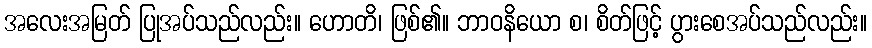
အလေးအမြတ် ပြုအပ်သည်လည်း။ ဟောတိ၊ ဖြစ်၏။ ဘာဝနိယော စ၊ စိတ်ဖြင့် ပွားစေအပ်သည်လည်း။